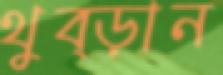
থুব্‌ড়ান